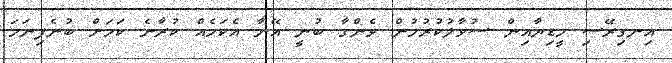
އިނގިރޭސި މީޑިޔާއިން ސުވާލުކުރުމުން ވެންގާ ބުނީ އޭނާ އެކަމެއް ކުރާނެ ކަމަށް ބުނެފިނަމަ